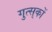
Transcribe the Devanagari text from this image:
गुत्स्‌कों